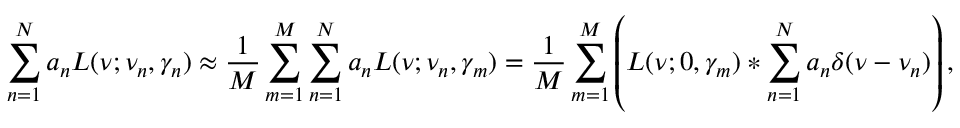
\sum _ { n = 1 } ^ { N } a _ { n } L ( \nu ; \nu _ { n } , \gamma _ { n } ) \approx \frac { 1 } { M } \sum _ { m = 1 } ^ { M } \sum _ { n = 1 } ^ { N } a _ { n } L ( \nu ; \nu _ { n } , \gamma _ { m } ) = \frac { 1 } { M } \sum _ { m = 1 } ^ { M } \left( L ( \nu ; 0 , \gamma _ { m } ) \ast \sum _ { n = 1 } ^ { N } a _ { n } \delta ( \nu - \nu _ { n } ) \right) ,